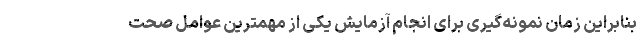
بنابراین زمان نمونه‌گیری برای انجام آزمایش یکی از مهمترین عوامل صحت